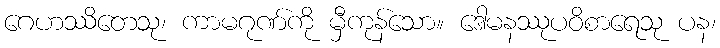
ဂေဟဿိတေသု၊ ကာမဂုဏ်ကို မှီကုန်သော။ ဒေါမနဿုပဝိစာရေသု ပန၊